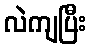
လဲကျပြီး